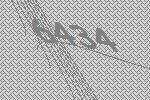
6434